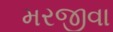
મરજીવા